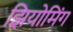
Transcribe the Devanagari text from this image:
झियोमिंग